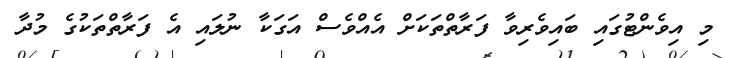
މި އިވެންޓުގައި ބައިވެރިވާ ފަރާތްތަކަށް އެއްވެސް އަގަކާ ނުލައި އެ ފަރާތްތަކުގެ މުދާ